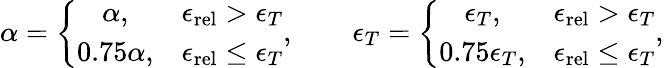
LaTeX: \alpha=\left\{ \begin{array}{cc}{\alpha,}&{{\epsilon_{\mathrm{rel}}}>\epsilon_{T}}\\ {0.75\alpha,}&{{\epsilon_{\mathrm{rel}}}\leq\epsilon_{T}}\end{array}\right.,\qquad\epsilon_{T}=\left\{ \begin{array}{cc}{\epsilon_{T},}&{{\epsilon_{\mathrm{rel}}}>\epsilon_{T}}\\ {0.75\epsilon_{T},}&{{\epsilon_{\mathrm{rel}}}\leq\epsilon_{T}}\end{array}\right.,